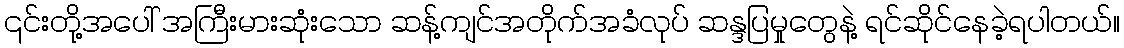
၎င်းတို့အပေါ် အကြီးမားဆုံးသော ဆန့်ကျင်အတိုက်အခံလုပ် ဆန္ဒပြမှုတွေနဲ့ ရင်ဆိုင်နေခဲ့ရပါတယ်။